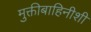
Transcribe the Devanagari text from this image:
मुक्तीबाहिनीशी